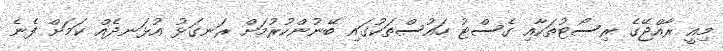
މިއީ ރާއްޖޭގެ ރިސޯޓުތަކާއި ގެސްޓު ހައުސްތަކުގައި ބޭނުންކުރުމަށް ރަނގަޅު އުޅަނދެއް ކަމަށް ފެނެ